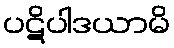
ပဋိပါဒယာမိ